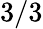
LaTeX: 3/3